Bréfritari: Jóhannes Guðmundsson
Viðtakandi: Jón Borgfirðings Jónsson
Dagsetning: A-1866-12-21
Skrifað á: Gunnsteinsstöðum  A-Hún.

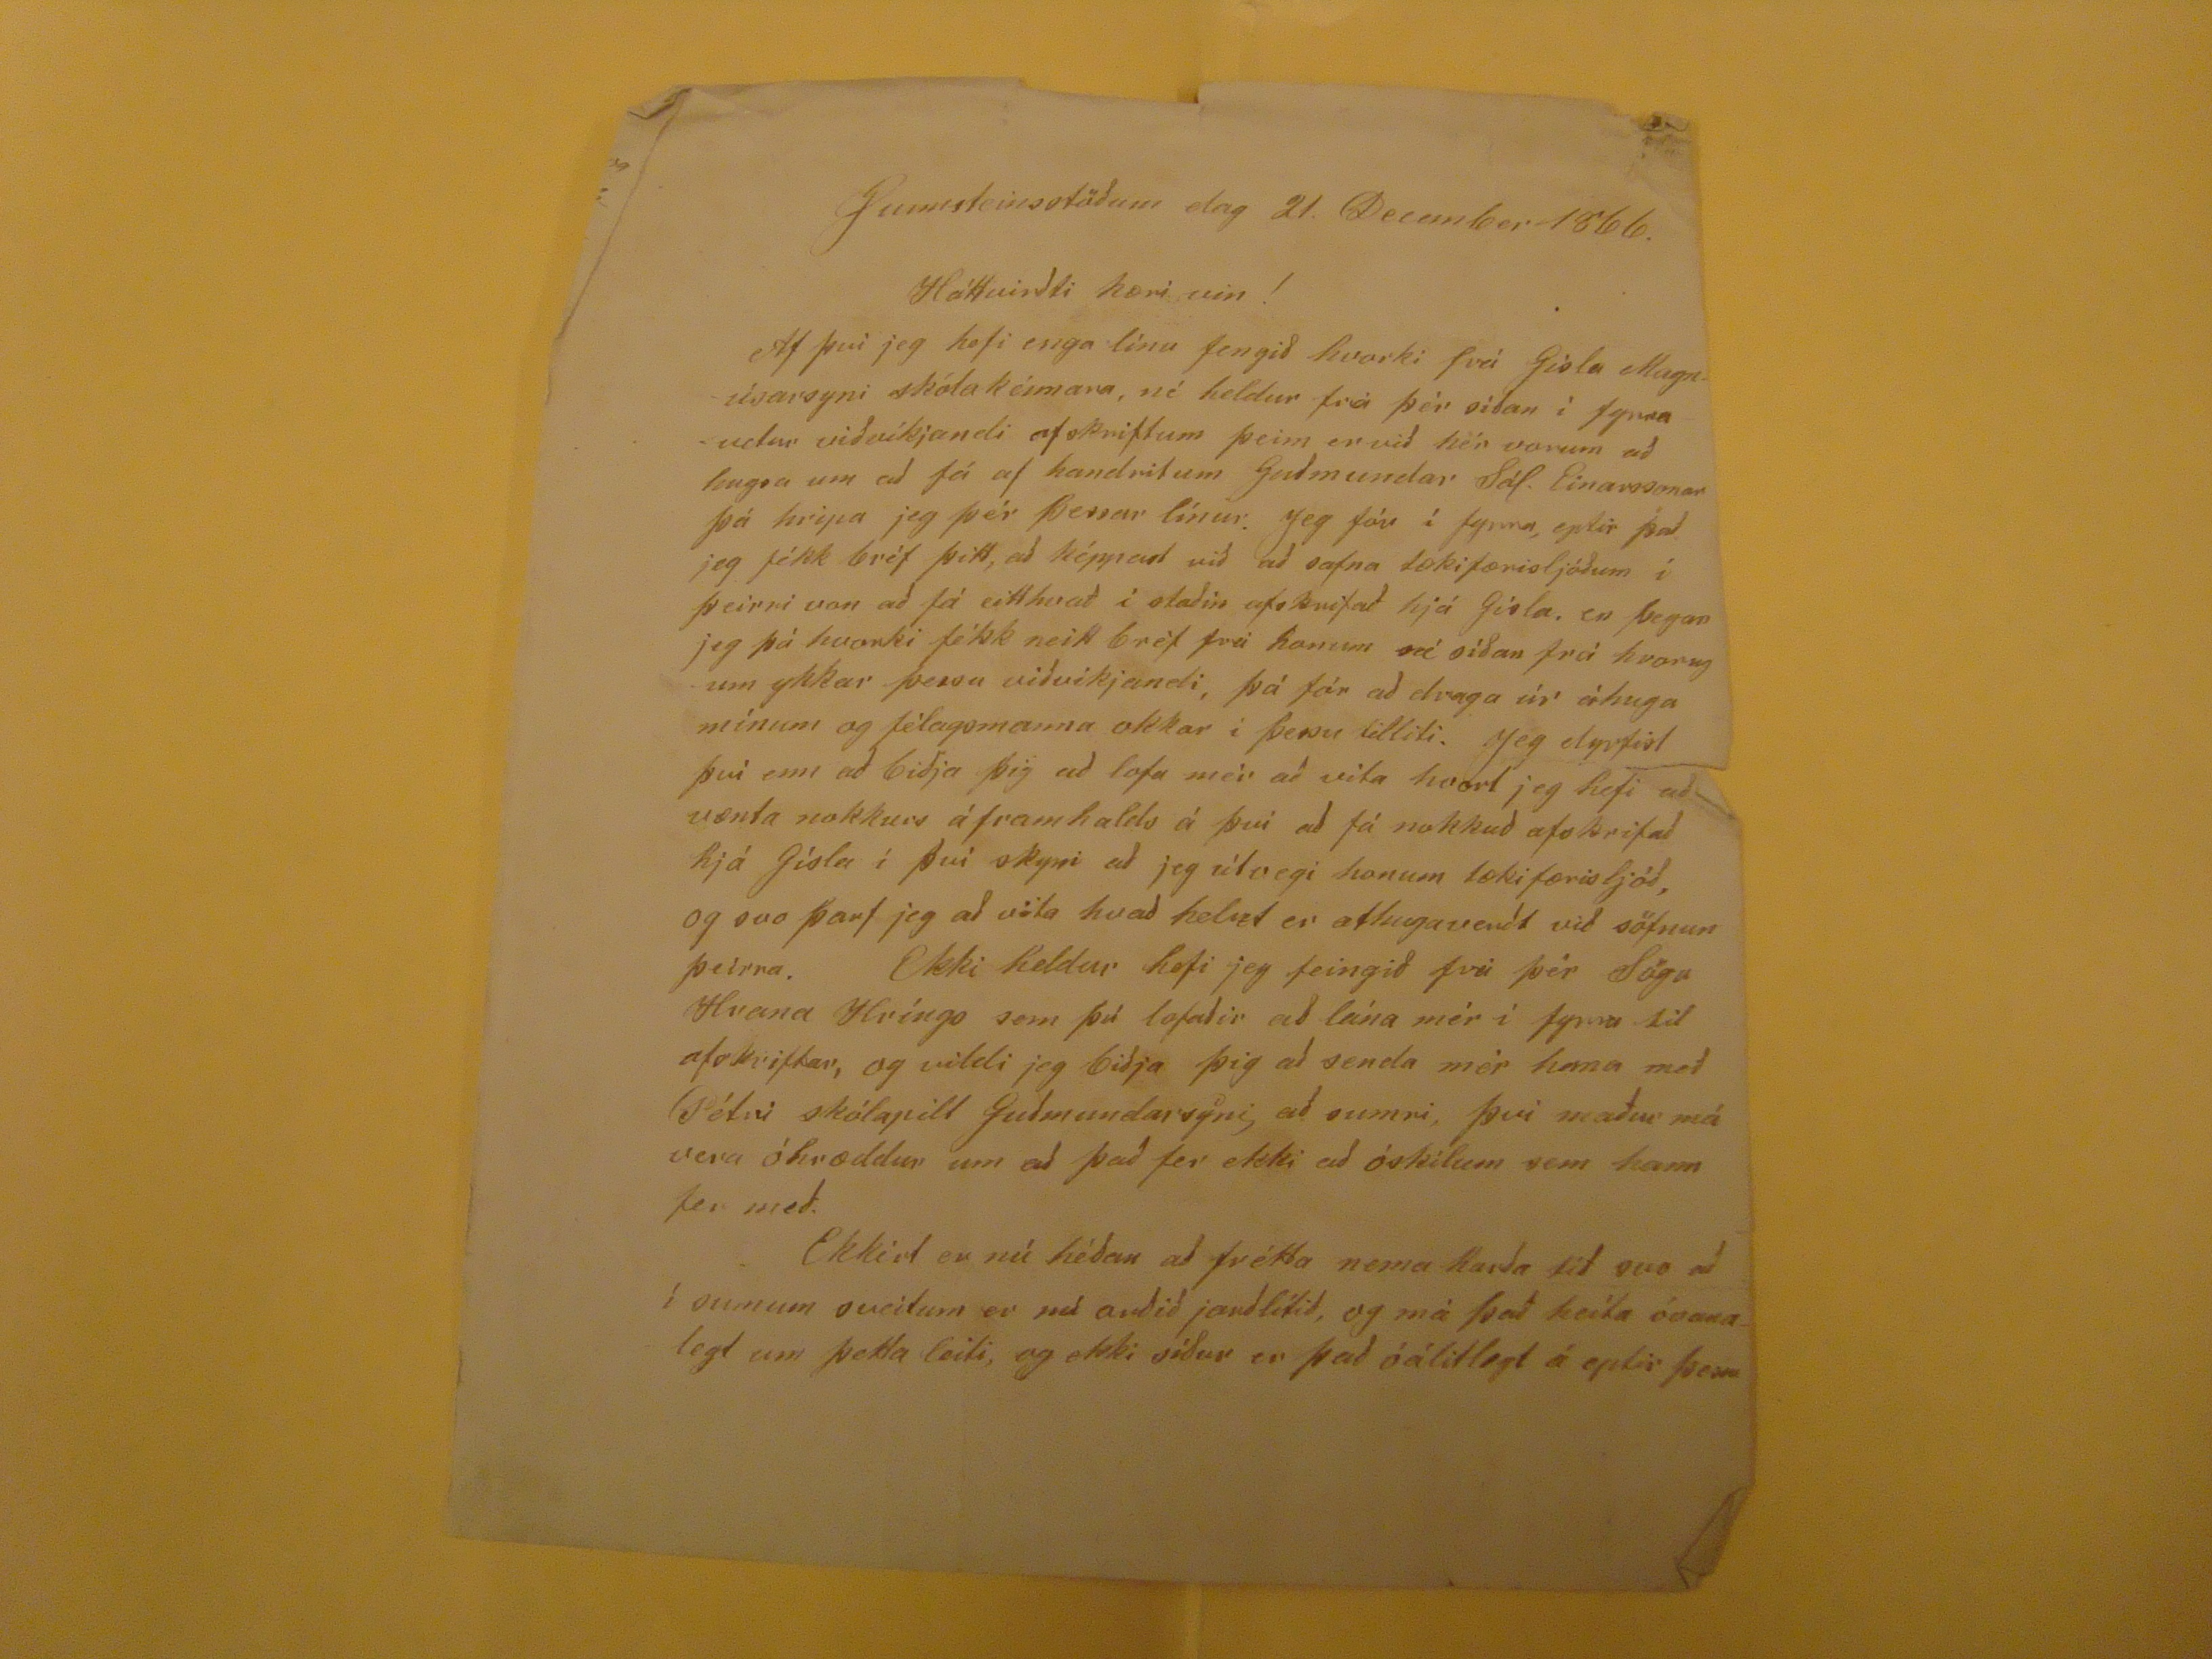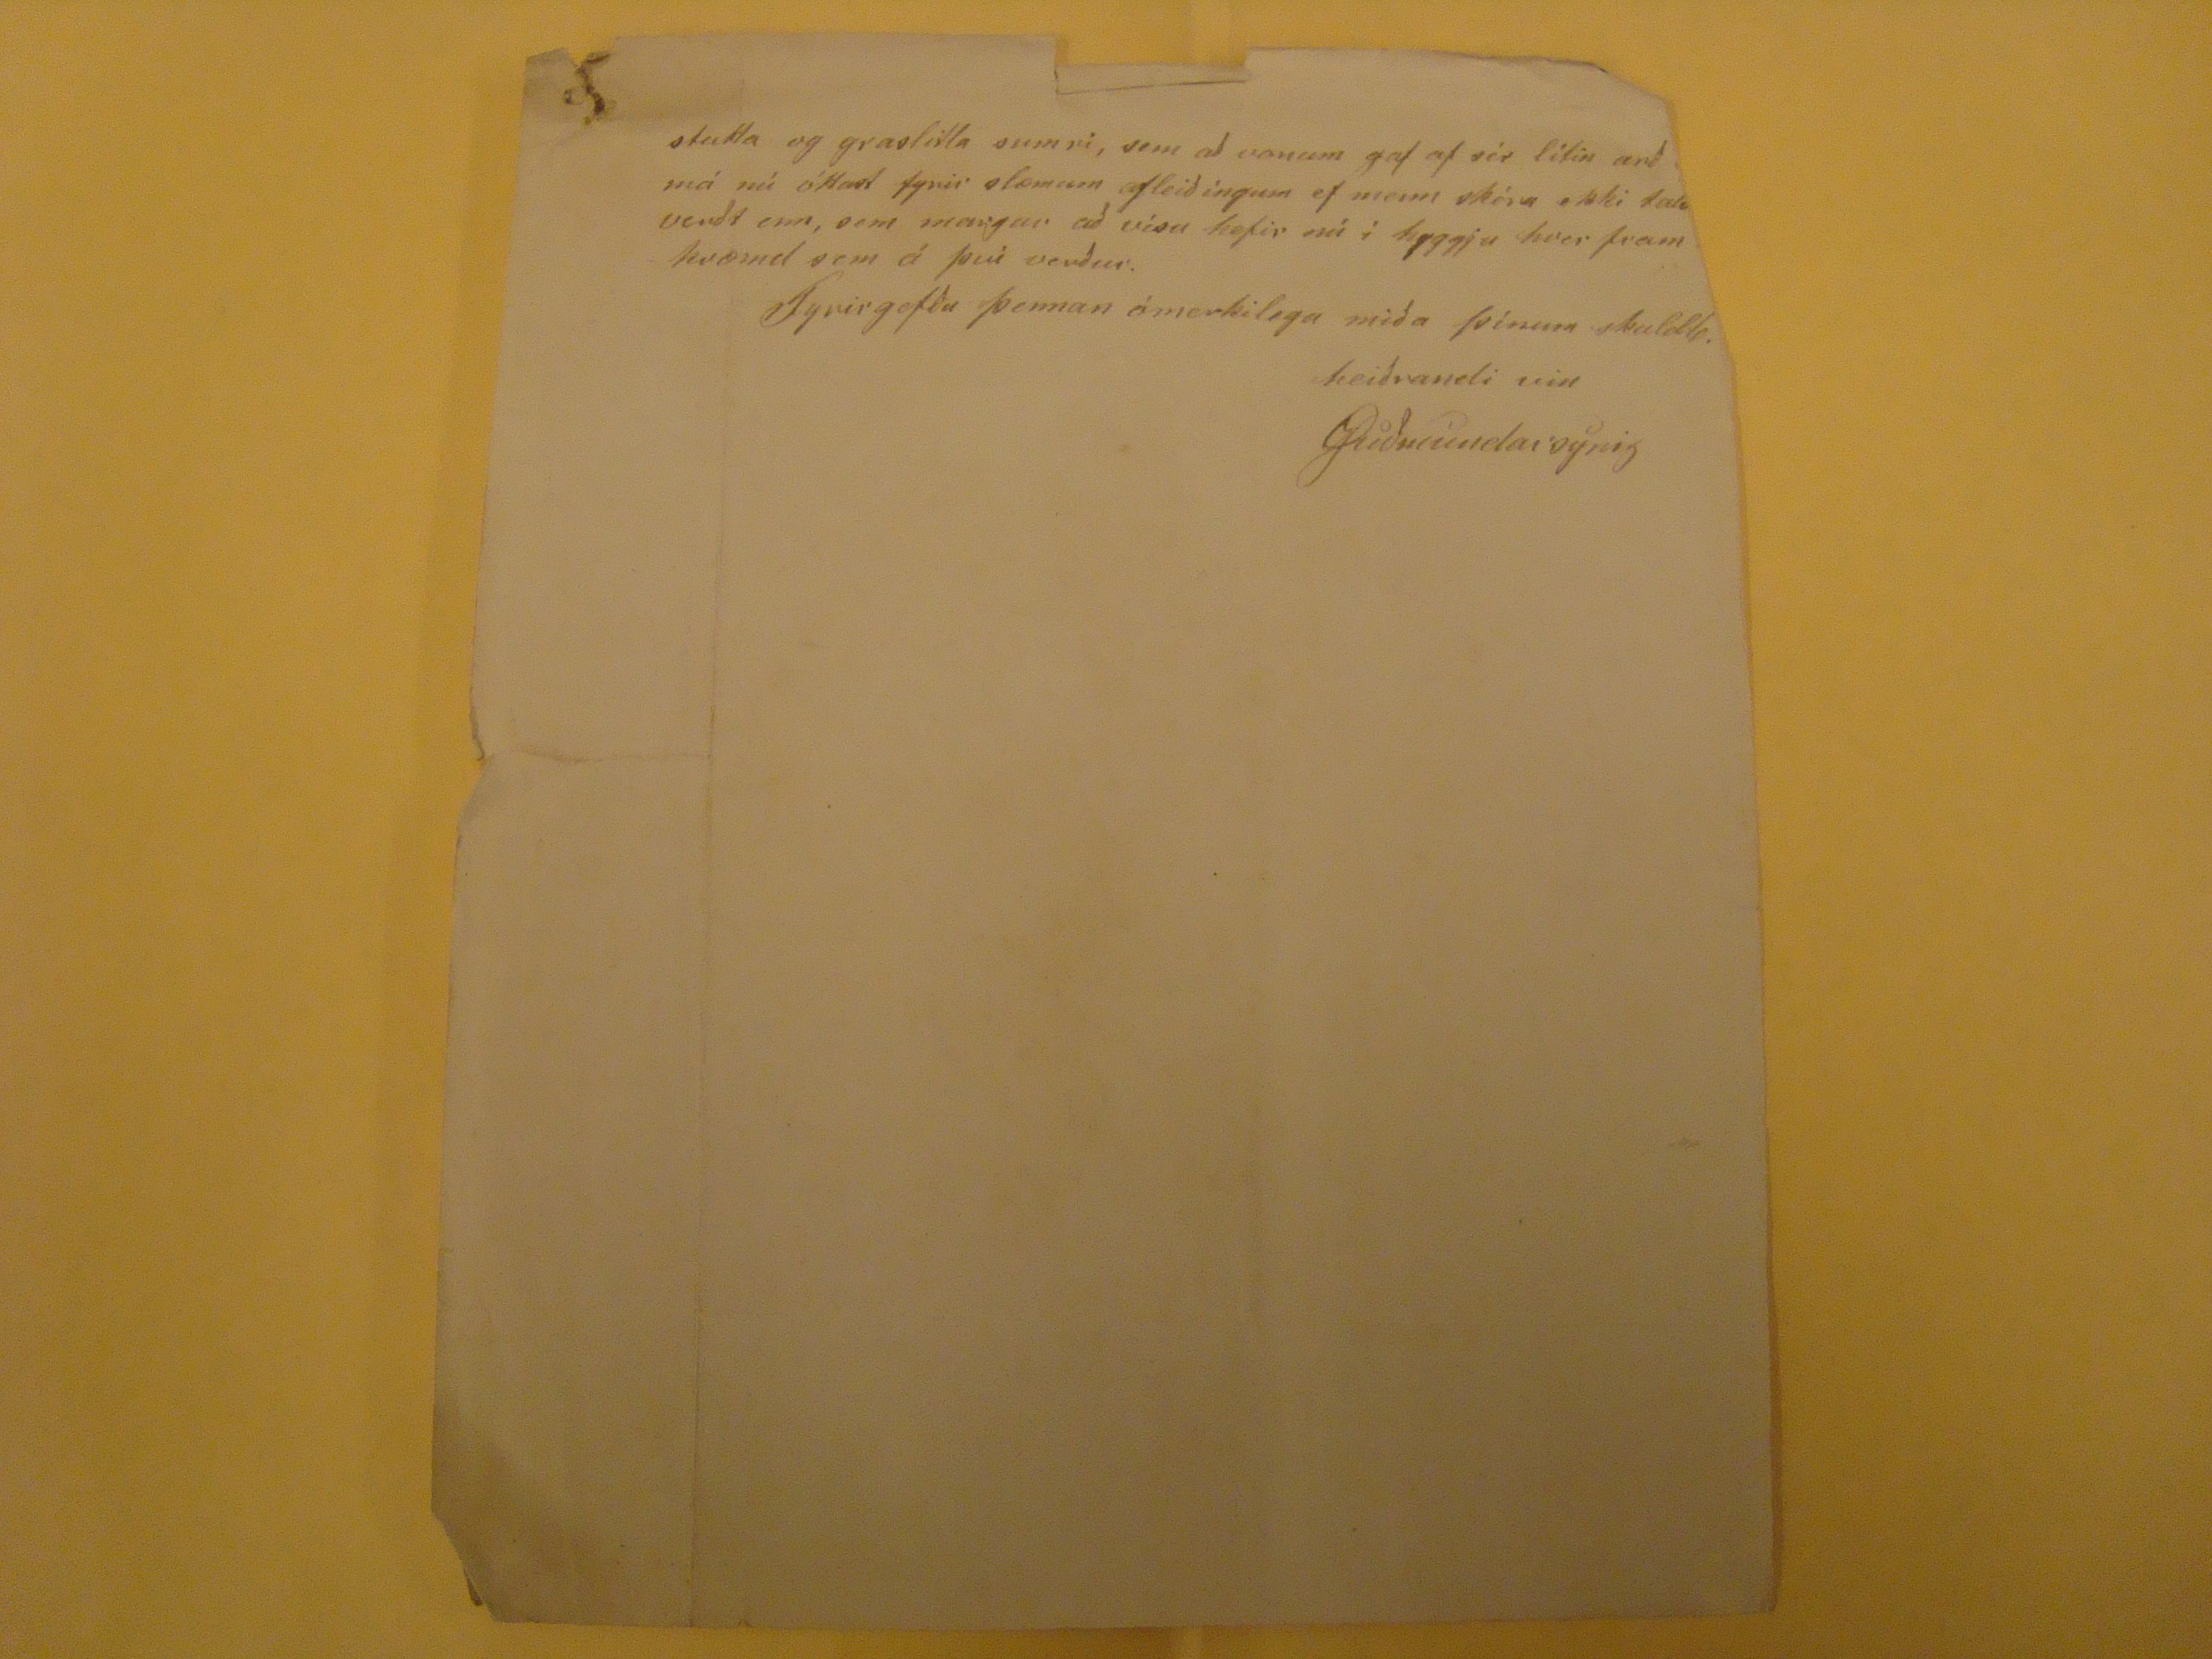

Gunnsteinsstöðum dag 21. December 1866.
Háttvirðti kæri vin!
Af því jeg hefi enga línu fengið hvorki frá Gísla Magnúsarsyni skólakénnara, né heldur frá þér síðan í fyrra
udar
viðvíkjandi afskriftum þeim er við hér vorum að hugsa um að fá af handritum Guðmundar Sál. Einarssonar þá hripa jeg þér þessar línur. Jeg fór í fyrra, eptir það jeg fékk bréf þitt, að képpast við að safna tækifærisljóðum í þeirri von að fá eitthvað í staðin afskrifað hjá Gísla. en þegar jeg þá hvorki fékk neitt bréf frá honum né síðan frá hvorugum ykkar þessu viðvíkjandi, þá fór að draga úr áhuga mínum og félagsmanna okkar í þessu tilliti. Jeg dyrfist því enn að biðja þig að lofa mér að vita hvort jeg hefi að vænta nokkurs áframhalds á því að fá nokkuð afskrifað hjá Gísla í því skyni að jeg útvegi honum tækifærisljóð, og svo þarf jeg að vita hvað helzt er athugaverðt við söfnun þeirra. Ekki heldur hefi jeg feingið frá þér Sögu Hrana Hríngs sem þú lofaðir að lána mér í fyrra til afskriftar, og vildi jeg biðja þig að senda mér hana með Pétri skólapilt Guðmundarsyni, að sumri, því maður má vera óhræddur um að það fer ekki að óskilum sem hann fer með. Ekkért er nú héðan að frétta nema harða tíð svo að í sumum sveitum er nú orðið jarðlítið, og má það heita óvanalegt um þetta leiti, og ekki síðar er það óálitlegt á eptir þessu
stutta og graslitla sumri, sem að vonum gaf af sér litin arð
??
má nú óttast fyrir slæmum afleiðíngum ef menn skéra ekki
tak??
verðt enn, sem margur að vísu hefir nú í hyggju hver framkvæmd sem á þvi verður.
Fyrirgefðu þennan ómerkilega miðaþínum skildb. heiðrandi vin
JGumundarsynig